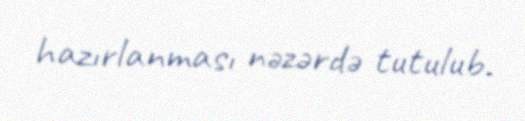
hazırlanması nəzərdə tutulub.